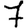
Digit: 7